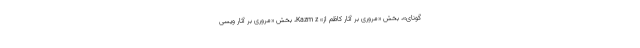
گونای»، بخش «مروری بر آثار کاظم اُز» Kazm z، بخش «مروری بر آثار ویسی